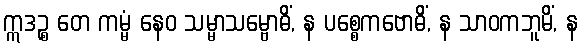
ဣဒဉ္စ တေ ကမ္မံ နေဝ သမ္မာသမ္ဗောဓိံ, န ပစ္စေကဗောဓိံ, န သာဝကဘူမိံ, န